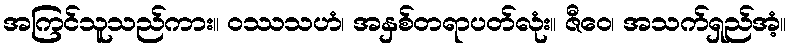
အကြင်သူသည်ကား။ ဝဿသဟံ၊ အနှစ်တရာပတ်လုံး။ ဇီဝေ၊ အသက်ရှည်အံ့။